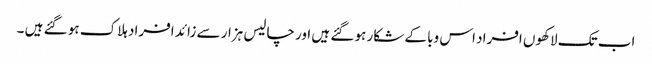
اب تک لاکھوں افراد اس وبا کے شکار ہو گئے ہیں اور چالیس ہزار سے زائد افراد ہلاک ہو گئے ہیں ۔